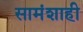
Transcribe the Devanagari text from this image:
सामंशाही